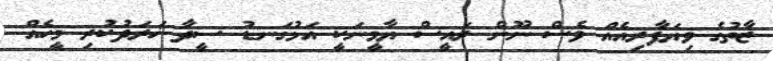
ޒާތުގެ ވިޔަފާރިއެއް ވެސް ނޫން ރައީސް ޔާމީނަކީ އަޅުގަނޑު ސީދާ ޚަރަދުކުރި މީހެއް